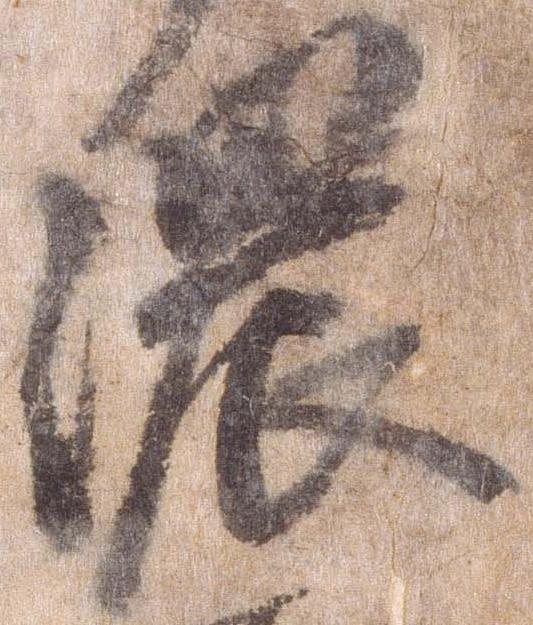
濃